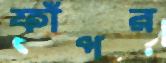
ফাঁপর